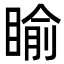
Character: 睮